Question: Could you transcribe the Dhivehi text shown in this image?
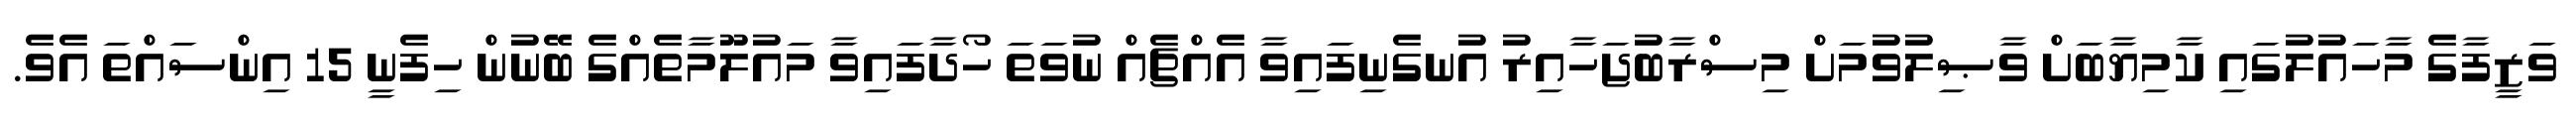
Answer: ވަޒީފާގެ މާހައުލުގައި ކާމިޔާބަށް ވާޞިލުވުމަށް މިސްރާބުޖަހާއިރު އުނގެނިފައިވާ އެއްޗެއް ނުވަތަ ހޯދާފައިވާ މައުލޫމާތެއްގެ ބޭނުން ހިފެނީ 15 އިންސައްތަ އެވެ.